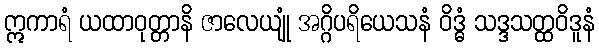
ဣကာရံ ယထာဝုတ္တာနိ ဇာလေယျုံ အဂ္ဂိပရိယေသနံ ဝိဒ္ဓံ သဒ္ဒသတ္ထဝိဒူနံ